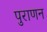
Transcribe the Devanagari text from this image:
पुराणन